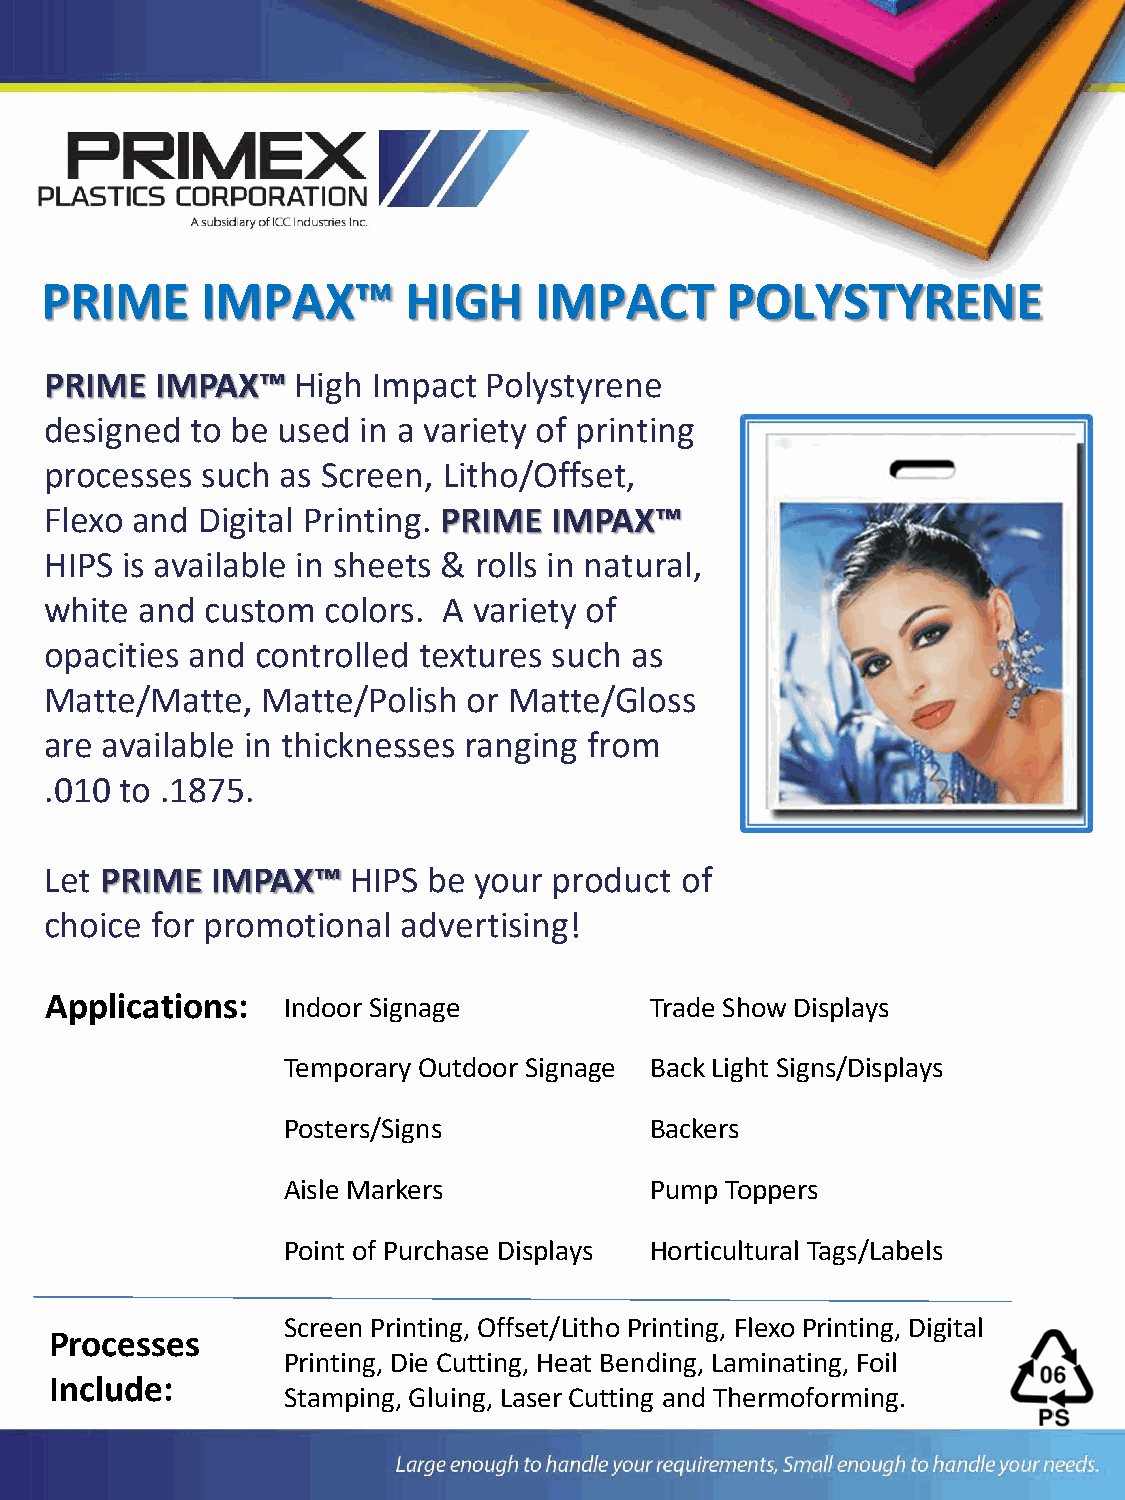
PRIME     IMPAX™        HIGH    IMPACT       POLYSTYRENE
 PRIME  IMPAX™   High  Impact Polystyrene
 designed  to be used in a variety of printing
 processes such  as Screen, Litho/Offset,
 Flexo and Digital Printing. PRIME IMPAX™
 HIPS is available in sheets & rolls in natural,
 white and  custom  colors. A variety of
 opacities and controlled textures such as
 Matte/Matte,  Matte/Polish  or Matte/Gloss
 are available in thicknesses ranging from
 .010 to .1875.
 Let PRIME  IMPAX™   HIPS be your  product of
 choice for promotional  advertising!
 Applications:   Indoor Signage          Trade Show Displays
 Temporary Outdoor Signage Back Light Signs/Displays
 Posters/Signs           Backers
 Aisle Markers           Pump Toppers
 Point of Purchase Displays Horticultural Tags/Labels
 Screen Printing, Offset/Litho Printing, Flexo Printing, Digital
 Processes
 Printing, Die Cutting, Heat Bending, Laminating, Foil
 Include:
 Stamping, Gluing, Laser Cutting and Thermoforming.